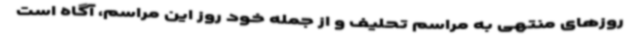
روزهای منتهی به مراسم تحلیف و از جمله خود روز این مراسم، آگاه است